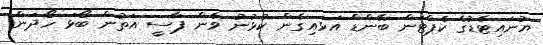
ޔުނައިޓެޑުގެ ކެޕްޓަން ބޭންޑް އަޅައިގެން ކުޅުނު ވެން ޕާސީ އަތުން ބޯޅަ ހޯދަން